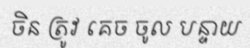
ចិន ត្រូវ គេច ចូល បន្ទាយ